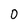
Character: 0